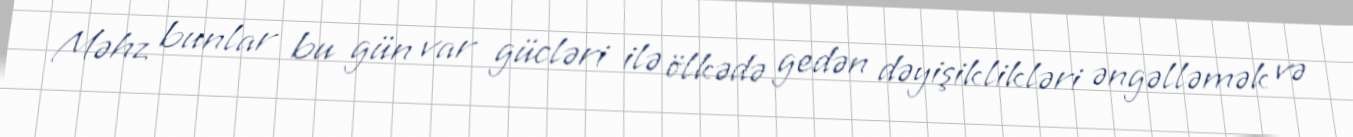
Məhz bunlar bu gün var gücləri ilə ölkədə gedən dəyişiklikləri əngəlləmək və